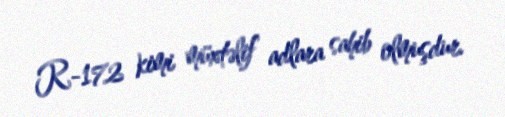
R-172 kimi müxtəlif adlara sahib olmuşdur.